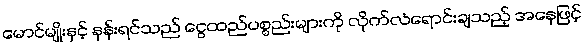
မောင်မျိုးနှင့် နန်းရင်သည် ငွေထည်ပစ္စည်းများကို လိုက်လံရောင်းချသည့် အနေဖြင့်